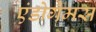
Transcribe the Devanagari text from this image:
एंडोगैमस